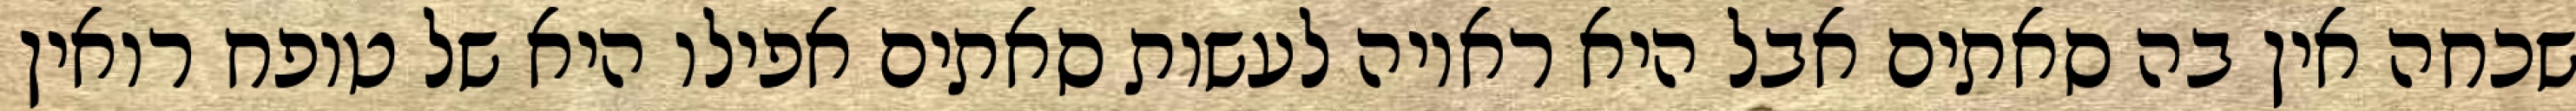
שכחה אין בה סאתים אבל היא ראויה לעשות סאתים אפילו היא של טופח רואין